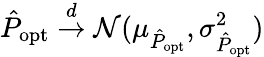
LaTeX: \hat{P}_{\mathrm{opt}}\overset{d}{\to}\mathcal N(\mu_{\hat{P}_{\mathrm{opt}}},\sigma_{\hat{P}_{\mathrm{opt}}}^{2})